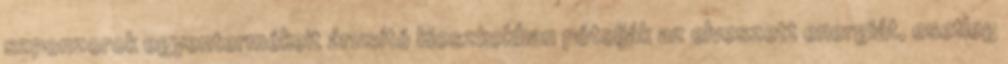
szponzorok egyentermékeit árusító kioszkokban pótolják az elveszett energiát, esetleg